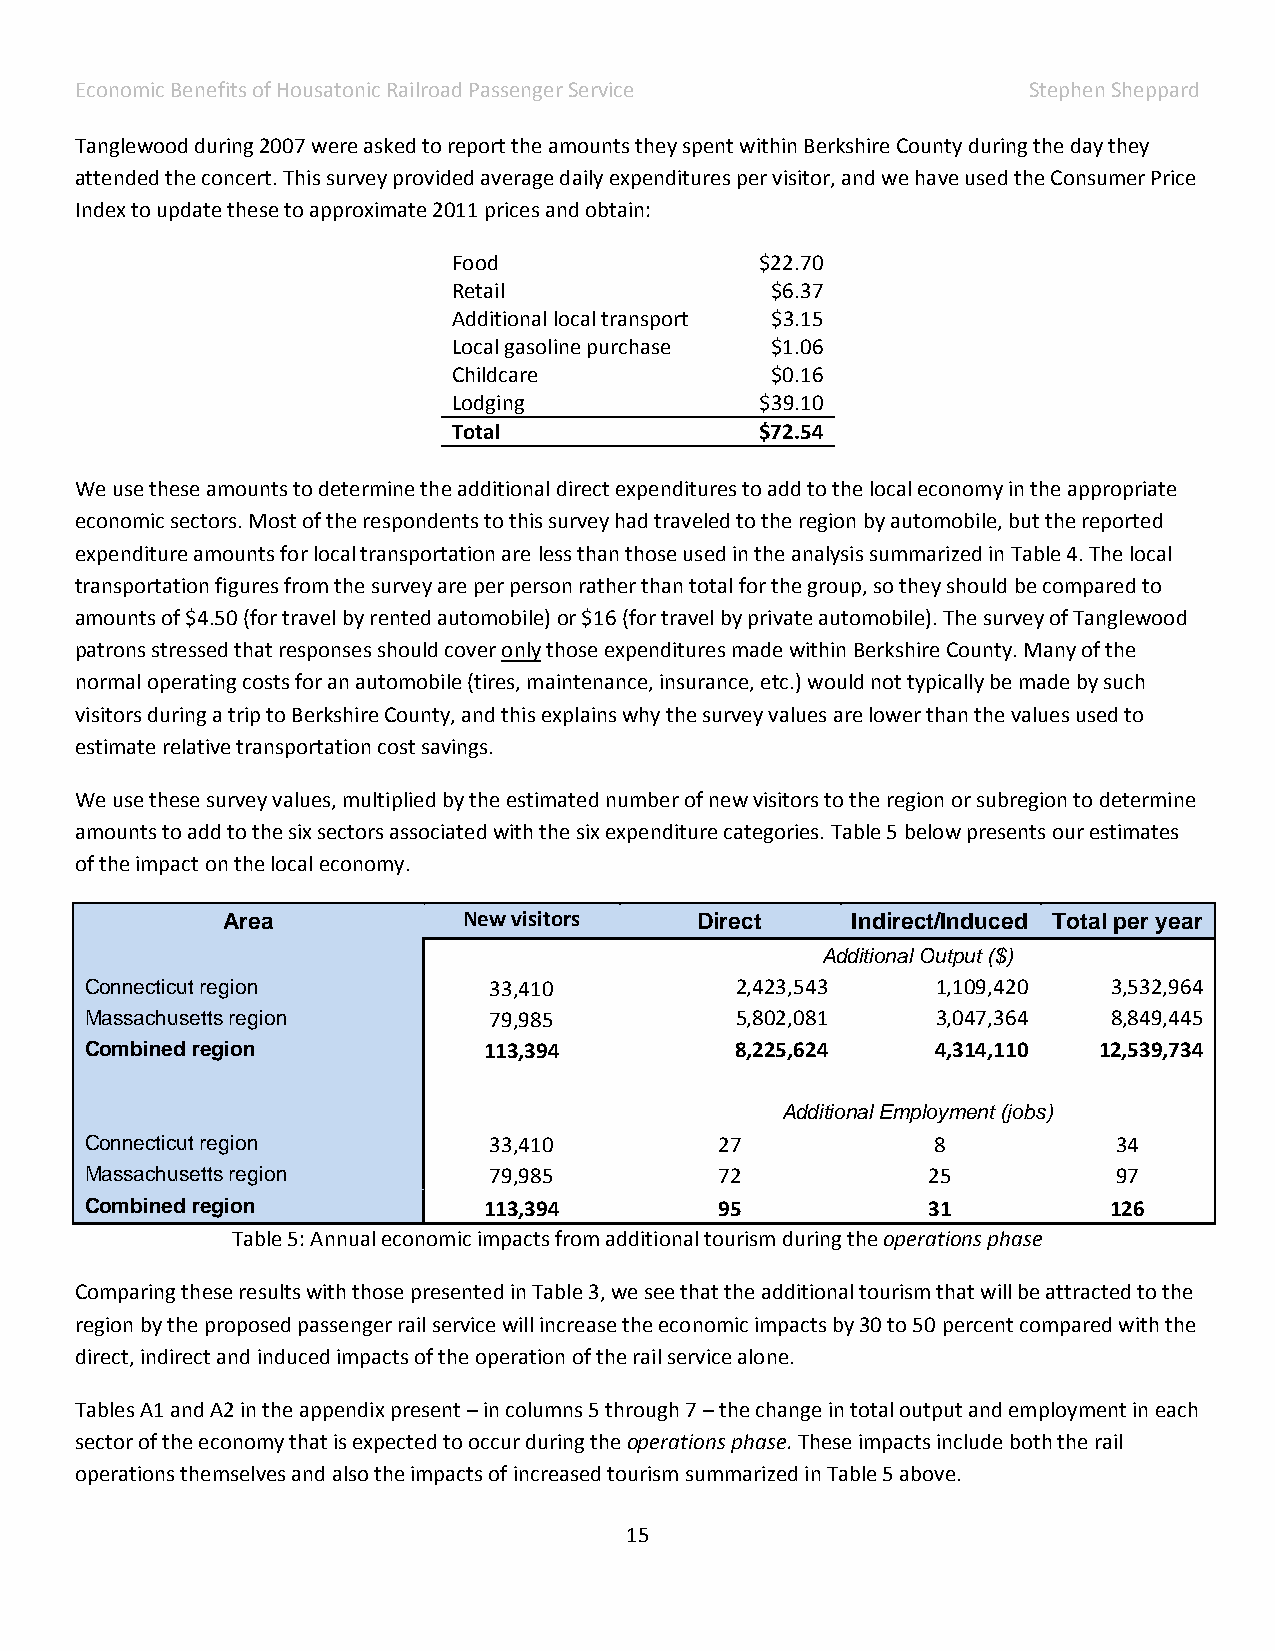
Economic Benefits of Housatonic Railroad Passenger Service     Stephen Sheppard
 Tanglewood during 2007 were asked to report the amounts they spent within Berkshire County during the day they
 attended the concert. This survey provided average daily expenditures per visitor, and we have used the Consumer Price
 Index to update these to approximate 2011 prices and obtain:
 Food                $22.70
 Retail               $6.37
 Additional local transport $3.15
 Local gasoline purchase $1.06
 Childcare            $0.16
 Lodging             $39.10
 Total               $72.54
 We use these amounts to determine the additional direct expenditures to add to the local economy in the appropriate
 economic sectors. Most of the respondents to this survey had traveled to the region by automobile, but the reported
 expenditure amounts for local transportation are less than those used in the analysis summarized in Table 4. The local
 transportation figures from the survey are per person rather than total for the group, so they should be compared to
 amounts of $4.50 (for travel by rented automobile) or $16 (for travel by private automobile). The survey of Tanglewood
 patrons stressed that responses should cover only those expenditures made within Berkshire County. Many of the
 normal operating costs for an automobile (tires, maintenance, insurance, etc.) would not typically be made by such
 visitors during a trip to Berkshire County, and this explains why the survey values are lower than the values used to
 estimate relative transportation cost savings.
 We use these survey values, multiplied by the estimated number of new visitors to the region or subregion to determine
 amounts to add to the six sectors associated with the six expenditure categories. Table 5 below presents our estimates
 of the impact on the local economy.
 Area            New visitors   Direct    Indirect/Induced Total per year
 Additional Output ($)
 Connecticut region        33,410           2,423,543    1,109,420   3,532,964
 Massachusetts region      79,985           5,802,081    3,047,364   8,849,445
 Combined region           113,394          8,225,624    4,314,110  12,539,734
 Additional Employment (jobs)
 Connecticut region        33,410          27            8           34
 Massachusetts region      79,985          72           25           97
 Combined region           113,394         95           31          126
 Table 5: Annual economic impacts from additional tourism during the operations phase
 Comparing these results with those presented in Table 3, we see that the additional tourism that will be attracted to the
 region by the proposed passenger rail service will increase the economic impacts by 30 to 50 percent compared with the
 direct, indirect and induced impacts of the operation of the rail service alone.
 Tables A1 and A2 in the appendix present – in columns 5 through 7 – the change in total output and employment in each
 sector of the economy that is expected to occur during the operations phase. These impacts include both the rail
 operations themselves and also the impacts of increased tourism summarized in Table 5 above.
 15